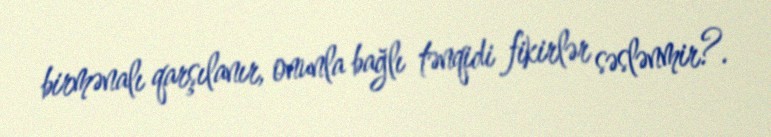
birmənalı qarşılanır, onunla bağlı tənqidi fikirlər səslənmir?.